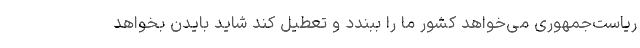
ریاست‌جمهوری می‌خواهد کشور ما را ببندد و تعطیل کند شاید بایدن بخواهد